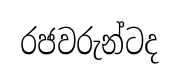
රජවරුන්ටද